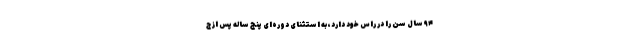
۹۴ سال سن را در راس خود دارد، به استثنای دوره‌ای پنج ساله پس از ج